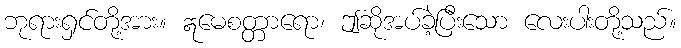
ဘုရားရှင်တို့အား။ ဣမေစတ္တာရော၊ ဤဆိုအပ်ခဲ့ပြီးသော လေးပါးတို့သည်။